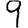
Digit: 9